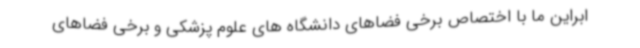
ابراین ما با اختصاص برخی فضاهای دانشگاه های علوم پزشکی و برخی فضاهای